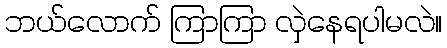
ဘယ်လောက် ကြာကြာ လှဲနေရပါမလဲ။